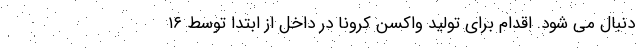
دنبال می شود. اقدام برای تولید واکسن کرونا در داخل از ابتدا توسط ۱۶